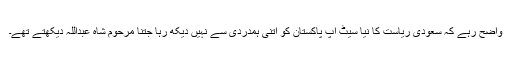
واضح رہے کہ سعودی ریاست کا نیا سیٹ اپ پاکستان کو اتنی ہمدردی سے نہیں دیکھ رہا جتنا مرحوم شاہ عبداللہ دیکھتے تھے۔